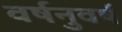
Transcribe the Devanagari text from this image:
वर्षनुवर्ष